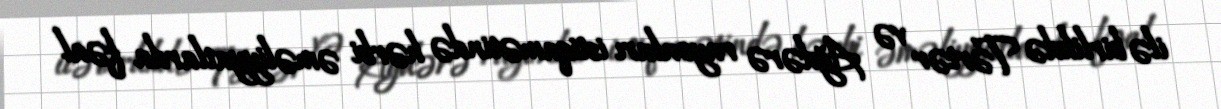
ilə birlikdə Tərtər və Ağdərə rayonları istiqamətində hərbi əməliyyatlarda fəal